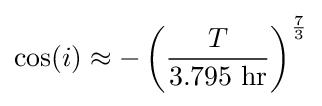
\cos(i)\approx -\left({\frac {T}{3.795{\text{ hr}}}}\right)^{\frac {7}{3}}